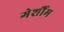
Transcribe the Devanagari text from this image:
गेर्शौम